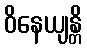
ဝိနေယျန္တိ